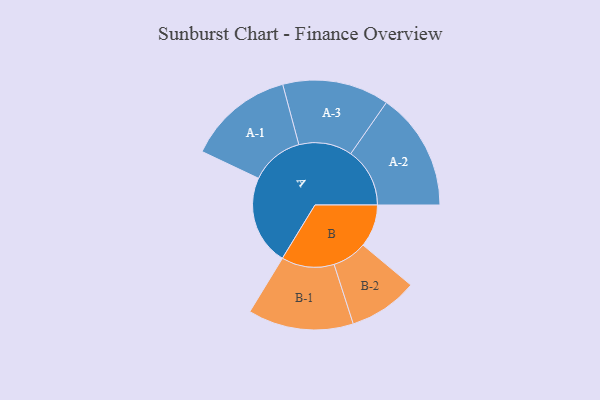
{"axis": {"x": "Segment", "y": "Value"}, "legend": ["", "A", "B"], "data": [{"x": "A", "y": 444, "type": ""}, {"x": "B", "y": 211, "type": ""}, {"x": "A-1", "y": 263, "type": "A"}, {"x": "A-2", "y": 292, "type": "A"}, {"x": "A-3", "y": 264, "type": "A"}, {"x": "B-1", "y": 261, "type": "B"}, {"x": "B-2", "y": 171, "type": "B"}]}